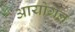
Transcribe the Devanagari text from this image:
आयोगन